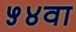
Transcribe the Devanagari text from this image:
५४वा